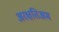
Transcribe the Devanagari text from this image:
अरक्षतिअम